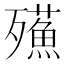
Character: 𣩷